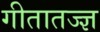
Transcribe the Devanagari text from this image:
गीतातज्ज्ञ